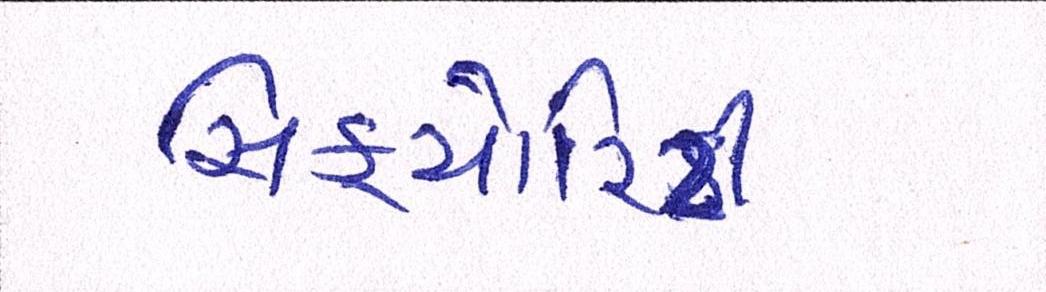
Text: સિક્યોરિટી